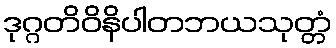
ဒုဂ္ဂတိဝိနိပါတဘယသုတ္တံ